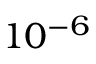
1 0 ^ { - 6 }